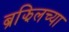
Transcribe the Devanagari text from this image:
ब्रझिलच्या